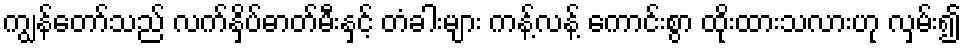
ကျွန်တော်သည် လက်နှိပ်ဓာတ်မီးနှင့် တံခါးများ ကန့်လန့် ကောင်းစွာ ထိုးထားသလားဟု လှမ်း၍